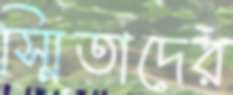
স্মিতাদের